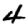
Digit: 4